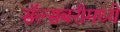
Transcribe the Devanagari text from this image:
सॅल्सबरीमध्ये